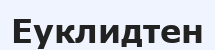
Еуклидтен